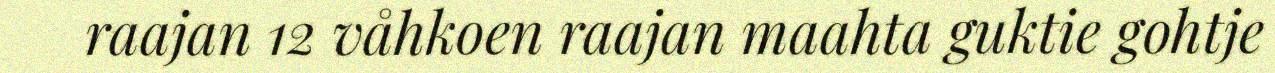
raajan 12 våhkoen raajan maahta guktie gohtje